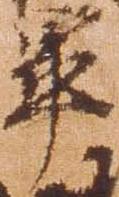
畢